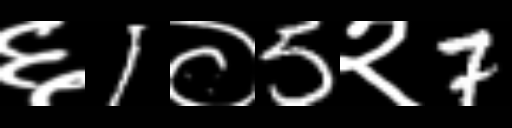
Text: ६1०5२7